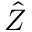
\hat { Z }